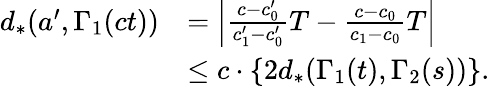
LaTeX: \begin{array}{rl}{d_{*}(a^{\prime},\Gamma_{1}(ct))}&{=\left|\frac{c-c_{0}^{\prime}}{c_{1}^{\prime}-c_{0}^{\prime}}T-\frac{c-c_{0}}{c_{1}-c_{0}}T\right|}\\ &{\leq c\cdot\{ 2d_{*}(\Gamma_{1}(t),\Gamma_{2}(s))\} .}\end{array}